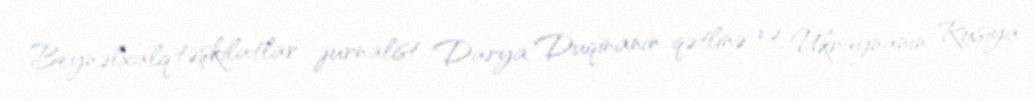
Beynəlxalq təşkilatlar jurnalist Darya Duqinanın qətlinə və Ukraynanın Rusiya